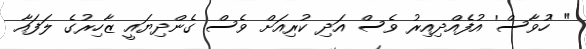
" 'ހުވާސް' އުފެއްދިއިރު ވެސް އަދި ކުރިއަށް ވެސް ގެންދިޔައީ ޒާހިރުގެ ލަފައާ